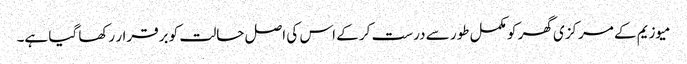
میوزیم کے مرکزی گھر کو مکمل طور سے درست کر کے اس کی اصل حالت کو برقرار رکھا گیا ہے۔